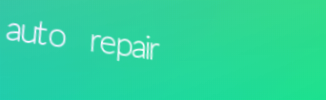
auto repair